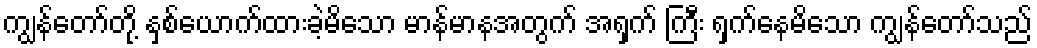
ကျွန်တော်တို့ နှစ်ယောက်ထားခဲ့မိသော မာန်မာနအတွက် အရှက် ကြီး ရှက်နေမိသော ကျွန်တော်သည်